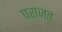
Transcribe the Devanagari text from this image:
पराजत